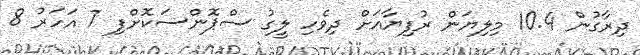
ދިރާގުން 10.4 މިލިޔަން ރުފިޔާއަށް ދިވެހި ލީގު ސްޕޮންސަކޮށްފި 7 އަހަރު 8